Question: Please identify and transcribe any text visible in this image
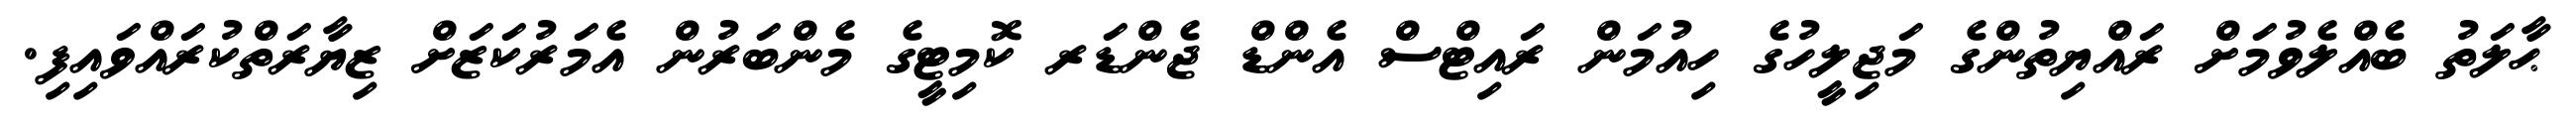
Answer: ޙާލަތު ބެއްލެވުމަށް ރައްޔިތުންގެ މަޖިލީހުގެ ހިއުމަން ރައިޓްސް އެންޑް ޖެންޑަރ ކޮމިޓީގެ މެންބަރުން އެމަރުކަޒަށް ޒިޔާރަތްކުރައްވައިފި.